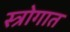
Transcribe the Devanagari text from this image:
स्त्रोगात